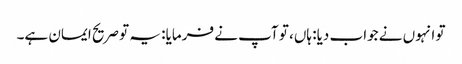
تو انہوں نے جواب دیا: ہاں، تو آپ نے فرمایا: یہ تو صریح ایمان ہے۔